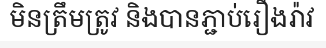
មិនត្រឹមត្រូវ និងបានភ្ជាប់រឿងរ៉ាវ